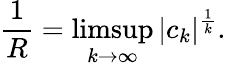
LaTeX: {\frac{1}{R}}=\operatorname*{limsup}_{k\to\infty}|c_{k}|^{\frac{1}{k}}.